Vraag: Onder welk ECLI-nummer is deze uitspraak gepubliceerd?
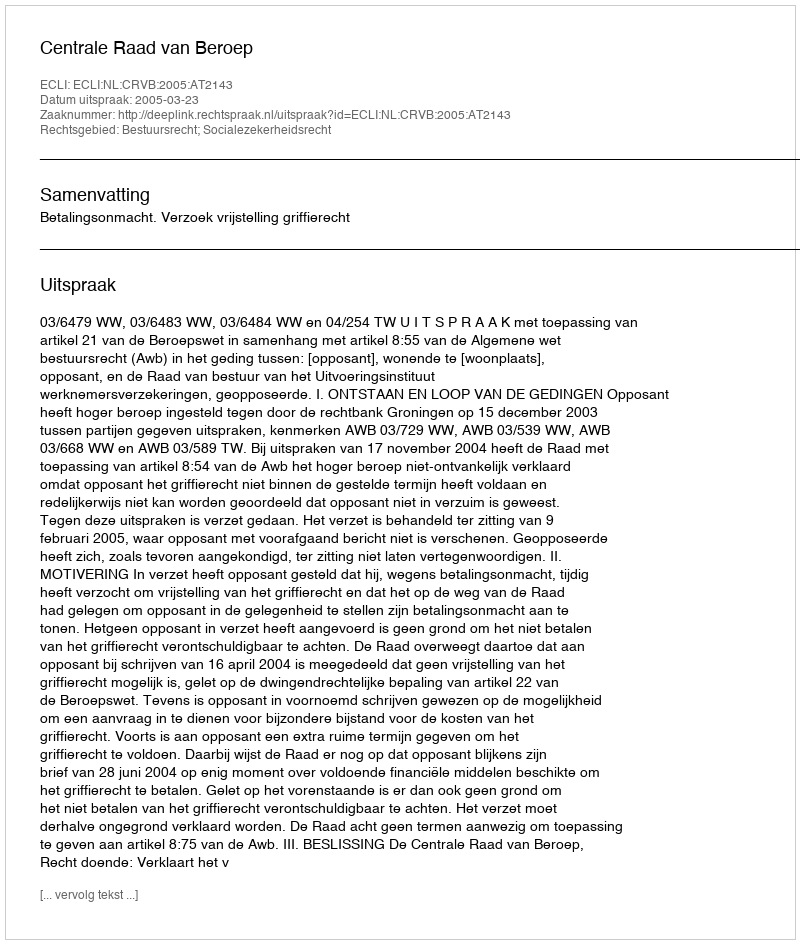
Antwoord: ECLI:NL:CRVB:2005:AT2143